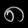
Digit: ၈